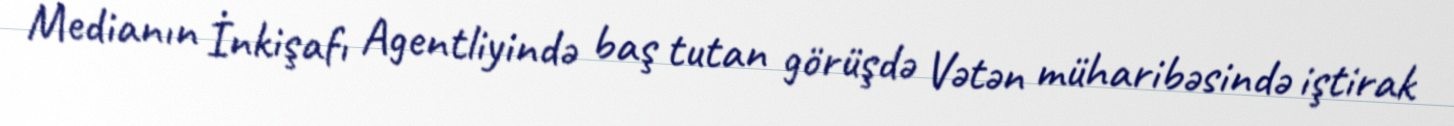
Medianın İnkişafı Agentliyində baş tutan görüşdə Vətən müharibəsində iştirak